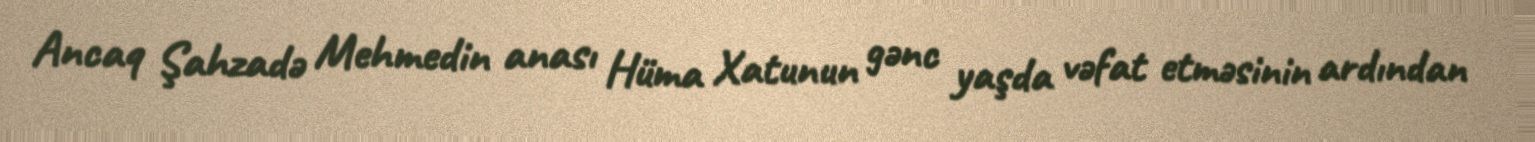
Ancaq Şahzadə Mehmedin anası Hüma Xatunun gənc yaşda vəfat etməsinin ardından